Annual administration and progress report of the Indian Medical Department, Bombay
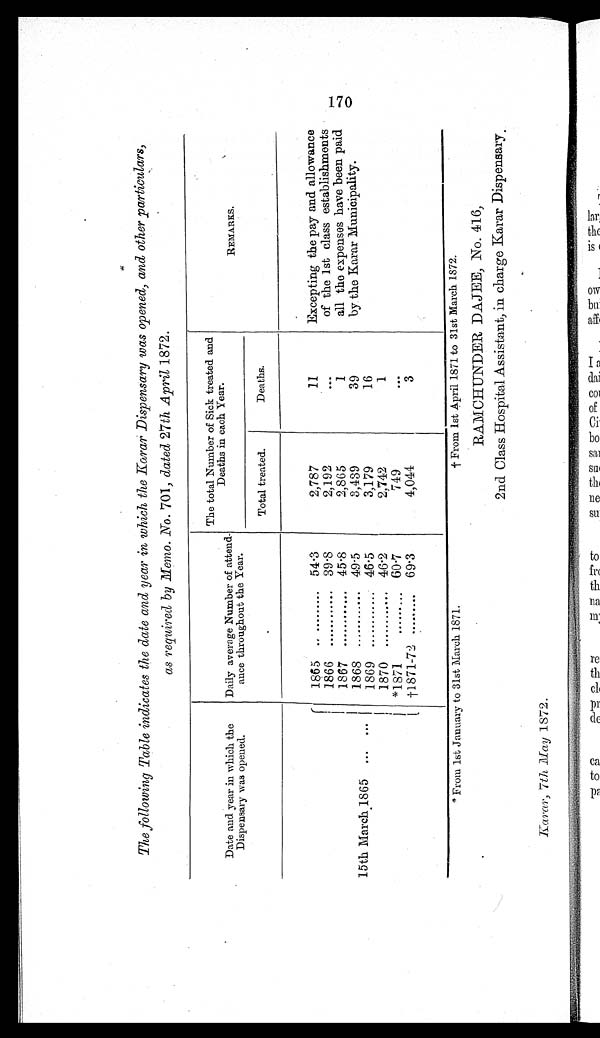
The following Table indicates the date and year in which the Karar Dispensary was opened, and other particulars,
as required by Memo. No. 701, dated 27th April 1872.
Date and year in which the
Dispensary was opened.
Daily average Number of attend-
ance throughout the Year.
The total Number of Sick treated and
Deaths in each Year.
REMARKS.
Total treated.
Deaths.
15th March 1865 ...
...
1865 .........
54.3
2,787
11
Excepting the pay and allowance
of the 1st class establishments
all the expenses have been paid
by the Karar Municipality.
1866 ..........
39.8
2,192
...
1867 ..........
45.8
2,865
1
1868 ...........
49.5
3,439
39
1869 ...........
46.5
3,179
16
1870 ...........
46.2
2,742
1
*1871 ...........
60.7
749
...
†1871-72 ......
69.3
4,044
3
*From 1st January to 31st March 1871. † From 1st April 1871 to 31st March 1872.
RAMCHUNDER DAJEE, No. 416,
2nd Class Hospital Assistant, in charge Karar Dispensary.
Karar , 7th May 1872.
170